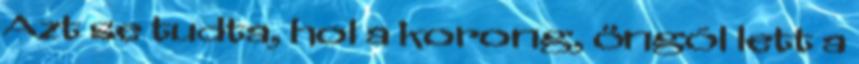
Azt se tudta, hol a korong, öngól lett a